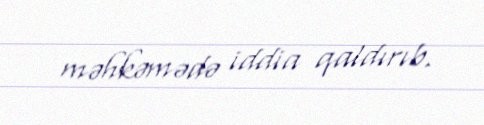
məhkəmədə iddia qaldırıb.